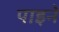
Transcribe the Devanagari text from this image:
पाइने